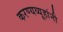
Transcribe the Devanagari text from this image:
करण्यव्यूहांनी